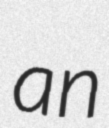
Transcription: an